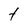
Character: t